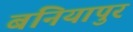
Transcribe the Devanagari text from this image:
बनियापुर